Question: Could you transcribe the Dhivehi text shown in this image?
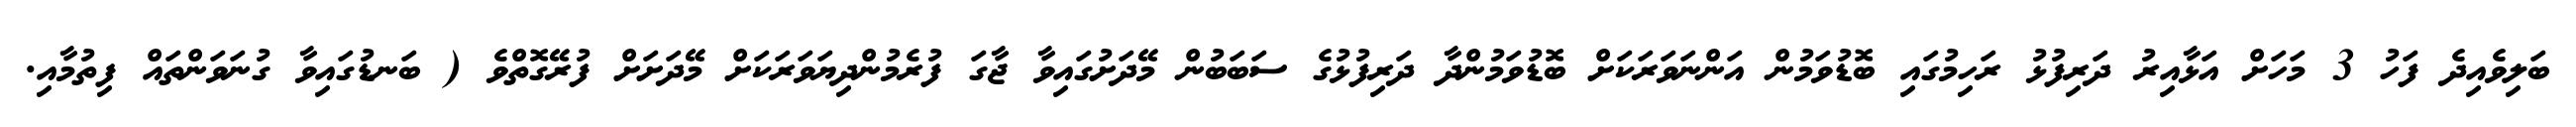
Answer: ބަލިވެއިދެ ފަހު 3 މަހަށް އަޅާއިރު ދަރިފުޅު ރަހިމުގައި ބޮޑުވަމުން އަންނަވަރަކަށް ބޮޑުވަމުންދާ ދަރިފުޅުގެ ސަބަބުން މޭދަށުގައިވާ ޖާގަ ފުރެމުންދިޔަވަރަކަށް މޭދަށަށް ފުރޭގޮތްވެ ( ބަނޑުގައިވާ ގުނަވަންތައް ފިތުމާއި.